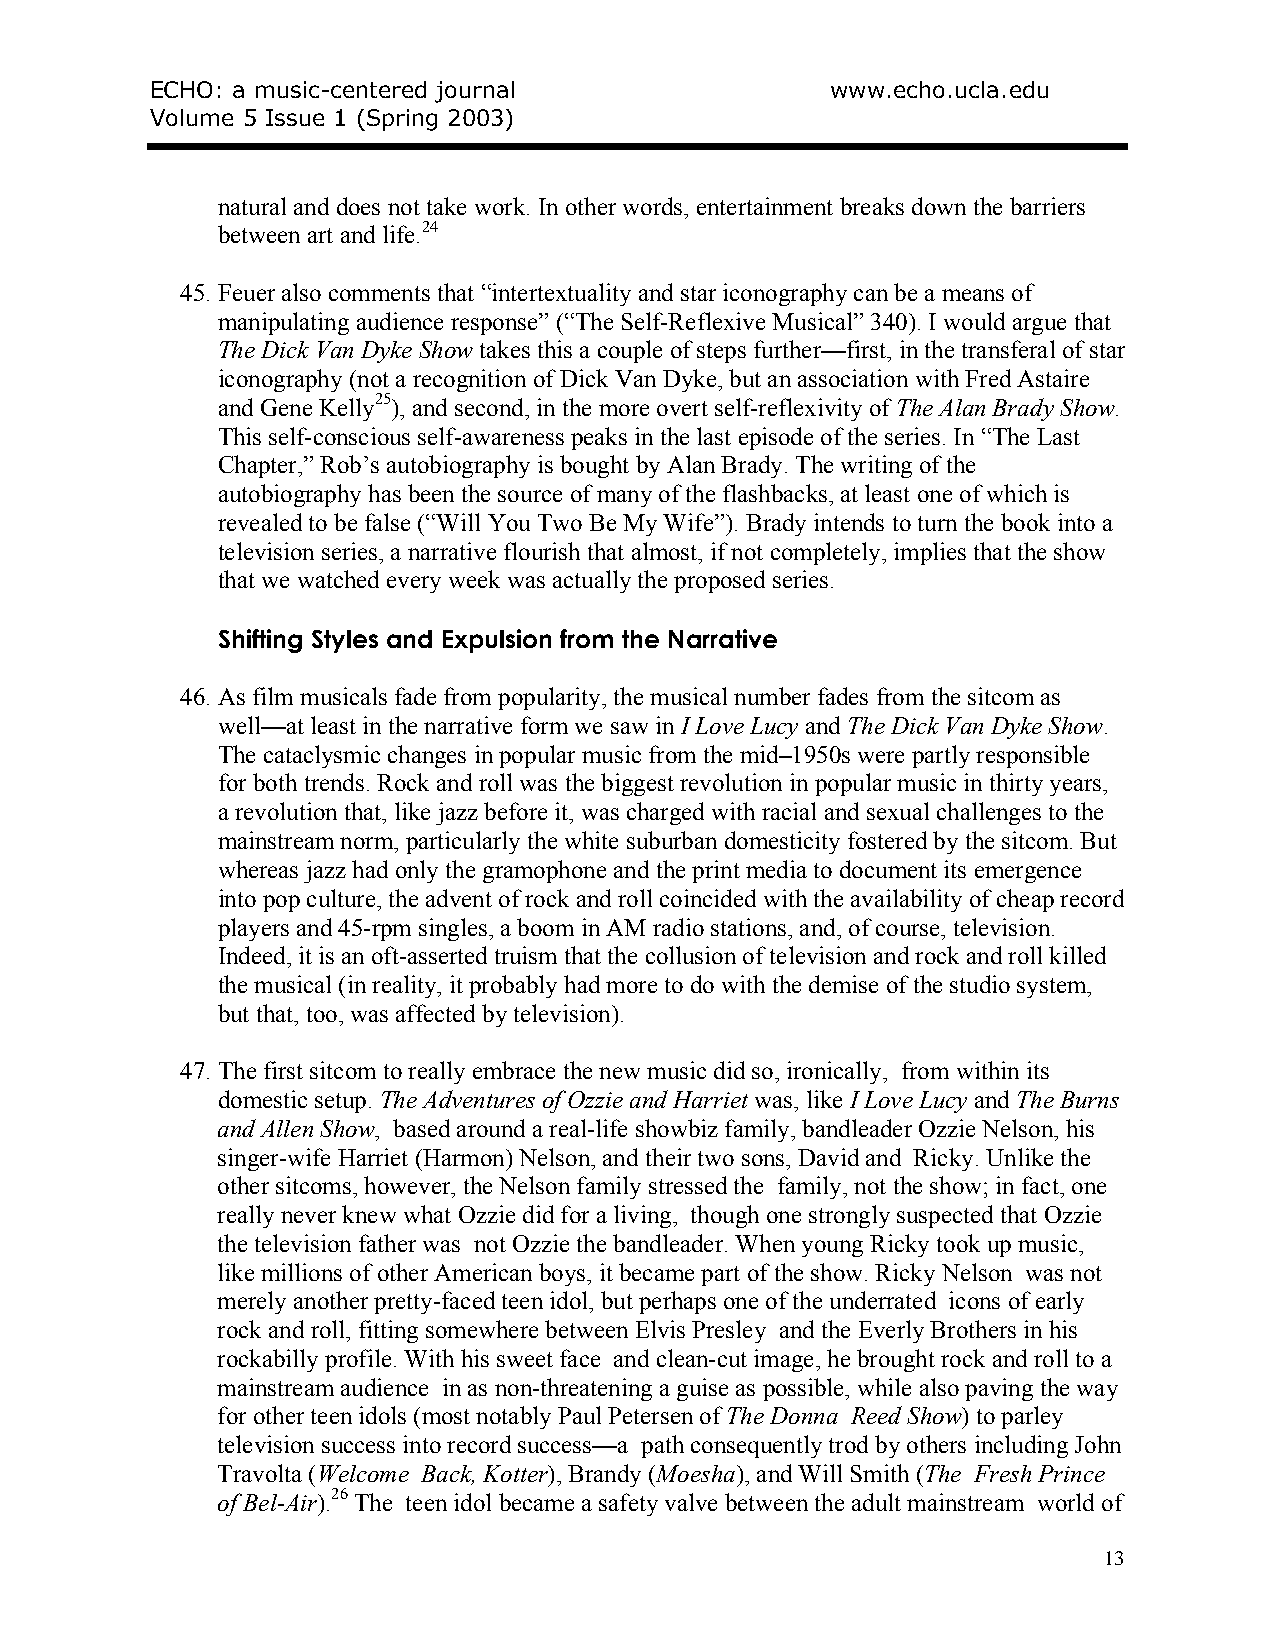
ECHO: a music-centered journal               www.echo.ucla.edu
 Volume 5 Issue 1 (Spring 2003)
 natural and does not take work. In other words, entertainment breaks down the barriers
 between art and life.24
 45. Feuer also comments that “intertextuality and star iconography can be a means of
 manipulating audience response” (“The Self-Reflexive Musical” 340). I would argue that
 The Dick Van Dyke Show takes this a couple of steps further—first, in the transferal of star
 iconography (not a recognition of Dick Van Dyke, but an association with Fred Astaire
 and Gene Kelly25), and second, in the more overt self-reflexivity of The Alan Brady Show.
 This self-conscious self-awareness peaks in the last episode of the series. In “The Last
 Chapter,” Rob’s autobiography is bought by Alan Brady. The writing of the
 autobiography has been the source of many of the flashbacks, at least one of which is
 revealed to be false (“Will You Two Be My Wife”). Brady intends to turn the book into a
 television series, a narrative flourish that almost, if not completely, implies that the show
 that we watched every week was actually the proposed series.
 Shifting Styles and Expulsion from the Narrative
 46. As film musicals fade from popularity, the musical number fades from the sitcom as
 well—at least in the narrative form we saw in I Love Lucy and The Dick Van Dyke Show.
 The cataclysmic changes in popular music from the mid–1950s were partly responsible
 for both trends. Rock and roll was the biggest revolution in popular music in thirty years,
 a revolution that, like jazz before it, was charged with racial and sexual challenges to the
 mainstream norm, particularly the white suburban domesticity fostered by the sitcom. But
 whereas jazz had only the gramophone and the print media to document its emergence
 into pop culture, the advent of rock and roll coincided with the availability of cheap record
 players and 45-rpm singles, a boom in AM radio stations, and, of course, television.
 Indeed, it is an oft-asserted truism that the collusion of television and rock and roll killed
 the musical (in reality, it probably had more to do with the demise of the studio system,
 but that, too, was affected by television).
 47. The first sitcom to really embrace the new music did so, ironically, from within its
 domestic setup. The Adventures of Ozzie and Harriet was, like I Love Lucy and The Burns
 and Allen Show, based around a real-life showbiz family, bandleader Ozzie Nelson, his
 singer-wife Harriet (Harmon) Nelson, and their two sons, David and Ricky. Unlike the
 other sitcoms, however, the Nelson family stressed the family, not the show; in fact, one
 really never knew what Ozzie did for a living, though one strongly suspected that Ozzie
 the television father was not Ozzie the bandleader. When young Ricky took up music,
 like millions of other American boys, it became part of the show. Ricky Nelson was not
 merely another pretty-faced teen idol, but perhaps one of the underrated icons of early
 rock and roll, fitting somewhere between Elvis Presley and the Everly Brothers in his
 rockabilly profile. With his sweet face and clean-cut image, he brought rock and roll to a
 mainstream audience in as non-threatening a guise as possible, while also paving the way
 for other teen idols (most notably Paul Petersen of The Donna Reed Show) to parley
 television success into record success—a path consequently trod by others including John
 Travolta (Welcome Back, Kotter), Brandy (Moesha), and Will Smith (The Fresh Prince
 of Bel-Air).26 The teen idol became a safety valve between the adult mainstream world of
 13